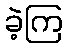
ခဲ့ကြ